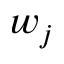
w _ { j }